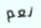
نعم